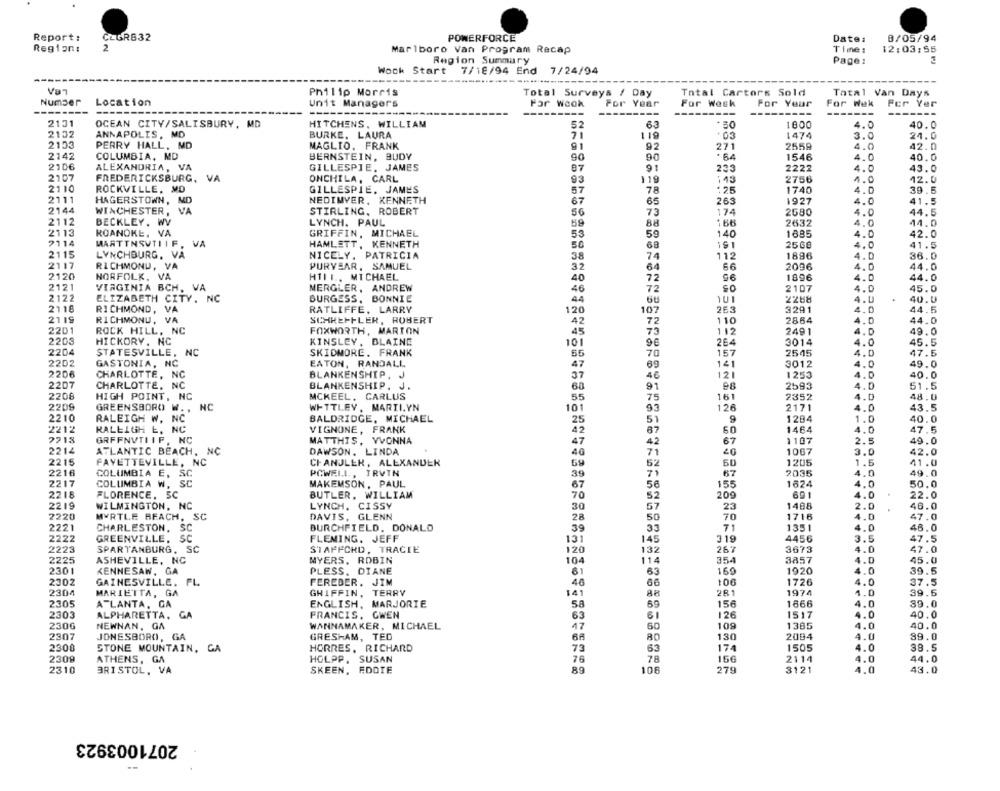
Report:
CLGRS32
POWERFORCE
Date:
0/05/94
2
Region:
Marlboro Van Program Recap
Time:
12:03:55
Region Summary
Page:
Wock Start
7/18/94 End 7/24/94
Philip Morris
Total Surveys / Day
Total Cartors Sold
Tatal Van Days
Number
Location
Unit Managers
For Week
For Year
For Week
For Your
For Wek
Fer Yer
--------
-------
---------
----
---
2131
OCEAN CITY/SALISBURY, MD
HITCHENS, WILLIAM
52
83
1800
4.0
40.0
2132
ANNAPOLIS, MD
BURKE, LAURA
71
119
. 03
1474
3.0
24.0
2153
PERRY HALL, MD
MAGLIO. FRANK
91
271
2559
4.0
42.0
2142
COLUMBIA, MD
BERNSTEIN, BUDY
90
90
1546
4.0
40.0
2106
ALEXANDRIA, VA
GILLESPIE. JAMES
87
91
2222
233
4.0
43.0
2107
FREDERICKSBURG, VA
ONCHILA, CARL
93
119
:43
2756
1.0
12.0
2110
ROCKVILLE, MD
GILLESPIE. JAMES
57
78
+25
1740
4.0
39.6
2111
263
HAGERSTOWN, ND
NEDIMVER, KENNETH
67
65
1927
4.0
41.5
2144
WINCHESTER, VA
STIRLING, ROBERT
56
73
174
2580
4.0
44.5
2112
BECKLEY. WV
LYNCH. PAUL
88
166
2632
4.0
14.0
59
2112
ROANOKE, VA
GRIFFIN, MICHAEL
53
59
140
1885
4.D
42.0
2114
MARTINSVTIIF,
VA
HAMLETT, KENNETH
50
68
2560
4.0
41.5
2115
LYNCHBURG, VA
1896
NICELY, PATRICIA
38
74
112
4.0
36.0
2117
RICHMOND, VA
PURYEAR, SAMUEL
32
64
2096
4.0
44.0
2120
NORFOLK, VA
HIII .. MICHAEL
72
1896
4.0
44.0
40
2121
VIRGINIA BCH, VA
MERGLER, ANDREW
46
72
2107
4.0
45.0
2122
ELIZABETH CITY. NC
BURGESS, BONNIE
44
2268
4.0
40.
2118
RICHMOND, VA
RATLIFFE, LARRY
120
2E3
3291
4.0
44.5
107
2119
RICHMOND, VA
SCHREIFLER, ROBERT
42
72
110
2864
4.0
44.0
2201
ROCK HILL, NC
FOXWORTH, MARTON
45
73
112
2491
4.0
49.0
2203
HICKORY, NC
KINSLEY, BLAINE
96
264
3014
101
4.0
45.5
2204
STATESVILLE, NC
SKIDMORE. FRANK
55
70
157
2545
4.0
47.5
2202
GASTONIA, NC
EATON, RANDALL
47
141
3012
4.0
49.0
2206
69
40.0
CHARLOTTE, NC
BLANKENSHIP, J
37
46
121
1253
4.0
2207
CHARLOTTE, NC
BLANKENSHIP. J.
91
2593
4.0
51.5
2208
HIGH POINT, NC
MCKEEL, CARLUS
161
2352
4.0
48.0
55
75
2209
GREENSBORO W ., NC
WITTLEY, MARILYN
101
93
126
2171
4.0
43.5
2210
RALEIGH W, NC
BALDRIDGE, MICHAEL
25
51
9
1294
1.0
40.
VIGNONE, FRANK
50
1464
2212
RALEIGH E, NC
42
87
4.0
47.5
2213
GRFFNVTI IF, NC
MATTHIS, YVONNA
47
42
67
1107
2.5
49.
2214
ATLANTIC BEACH, NC
DAWSON. LINDA
71
1067
3.0
42.0
46
2215
FAYETTEVILLE, NC
CHANDLER, ALEXANDER
52
50
1205
1.5
41.0
2216
COLUMBIA E, SC
PCWELL ., IRVIN
39
67
2035
4.0
49.
2217
COLUMBIA W. SC
MAKEMSON, PAUL
155
1624
4.0
67
56
50.0
2215
FLORENCE, SC
BUTLER. WILLIAM
70
52
209
691
4.0
22.0
2219
WILMINGTON, NC
LYNCH, CISSY
30
23
1488
2.0
46.0
DAVIS, GLENN
57
2220
MYRTLE BEACH, SC
28
50
70
1716
4.0
47.0
2221
CHARLESTON, SC
BURCHFIELD, DONALD
39
33
71
1351
4.0
46.0
2222
GREENVILLE, SC
FLEMING, JEFF
131
145
319
4456
3.5
47.5
2223
SPARTANBURG, SC
STAFFCHD, TRACIE
120
132
267
3673
4.0
47.0
2225
ASHEVILLE, NC
MYERS, ROBIN
104
114
354
3857
4.0
45.0
23.01
KENNESAW, GA
PLESS. DIANE
63
16
1920
4.0
61
39.
2302
GAINESVILLE. FL.
FEREDER. JIM
46
66
100
1726
4.0
37.5
2304
MARIETTA, GA
GRIFFIN, TERRY
141
AR
281
1974
4.0
39.6
15€
1866
2305
ATLANTA, GA
ENGLISH, MARJORIE
58
69
4.0
39.0
2303
ALPHARETTA, GA
FRANCIS, GWEN
63
126
1517
4.0
40.0
2300
NEWNAN, GA
WANNAMAKER, MICHAEL
12
60
109
1385
4.0
40.0
2307
JONESBORO, GA
GRESHAM, TED
68
80
130
2094
4.0
89.0
2300
STONE MOUNTAIN, GA
HORRES, RICHARD
73
63
174
1505
4.0
39.5
2309
HOLPP. SUSAN
156
2114
4.0
44.0
ATHENS, GA
76
78
2310
BRISTOL, VA
SKEEN, FDOIE
89
106
279
3121
4.0
43.0
2071003923